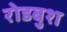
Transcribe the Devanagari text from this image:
रोडबुश